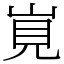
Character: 𡷹